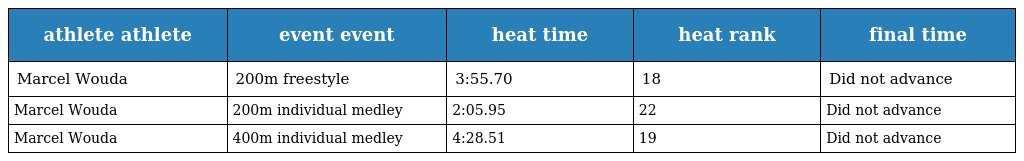
| athlete athlete | event event | heat time | heat rank | final time |
 | --- | --- | --- | --- | --- |
 | Marcel Wouda | 200m freestyle | 3:55.70 | 18 | Did not advance |
 | Marcel Wouda | 200m individual medley | 2:05.95 | 22 | Did not advance |
 | Marcel Wouda | 400m individual medley | 4:28.51 | 19 | Did not advance |